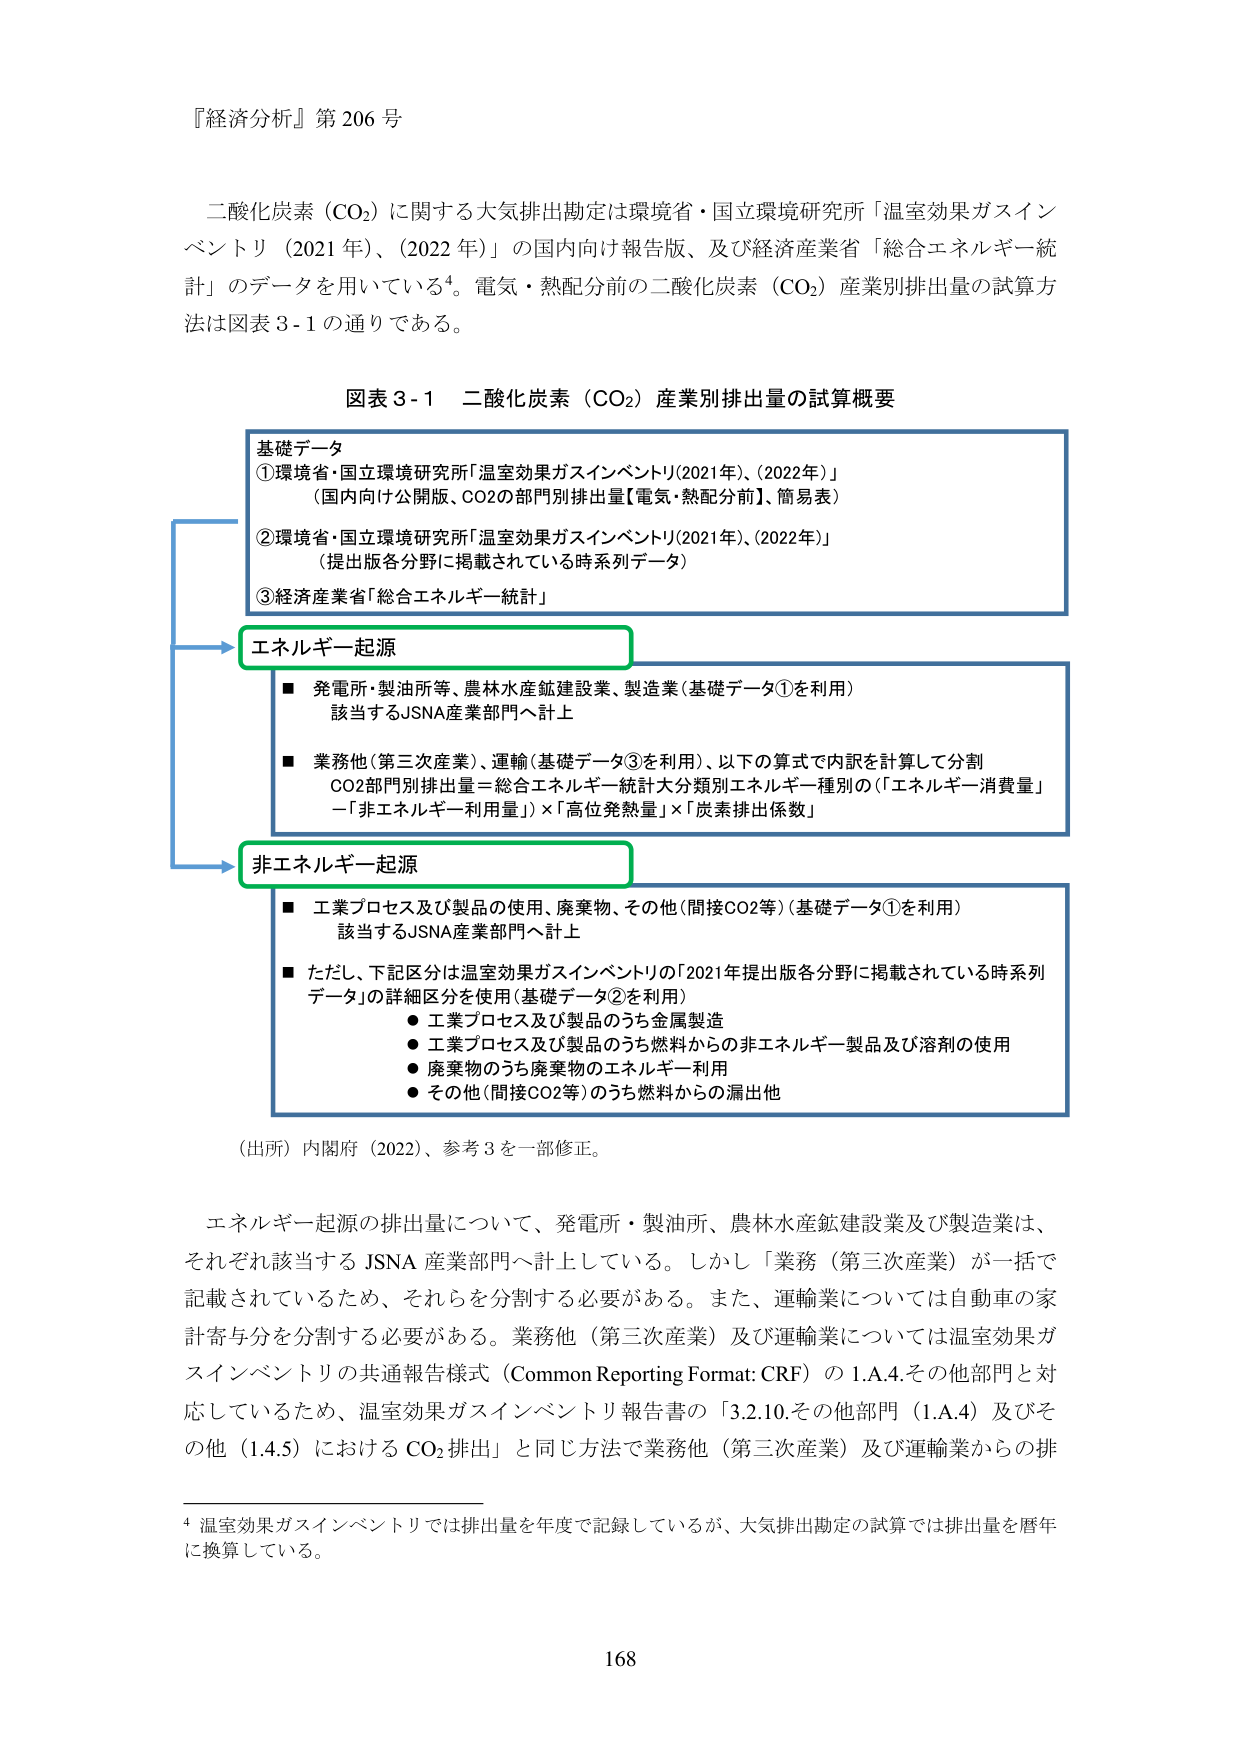
『経済分析』第206号

二酸化炭素（CO₂）に関する大気排出勘定は環境省・国立環境研究所「温室効果ガスインベントリ（2021年）、（2022年）」の国内向け報告版、及び経済産業省「総合エネルギー統計」のデータを用いている⁴。電気・熱配分前の二酸化炭素（CO₂）産業別排出量の試算方法は図表3-1の通りである。

図表3-1 二酸化炭素（CO₂）産業別排出量の試算概要

基礎データ
①環境省・国立環境研究所「温室効果ガスインベントリ(2021年)、(2022年)」
（国内向け公開版、CO2の部門別排出量【電気・熱配分前】、簡易表）
②環境省・国立環境研究所「温室効果ガスインベントリ(2021年)、(2022年)」
（提出版各分野に掲載されている時系列データ）
③経済産業省「総合エネルギー統計」

エネルギー起源
■ 発電所・製油所等、農林水産鉱建設業、製造業（基礎データ①を利用）
　該当するJSNA産業部門へ計上
■ 業務他（第三次産業）、運輸（基礎データ③を利用）、以下の算式で内訳を試算して分割
　CO2部門別排出量＝総合エネルギー統計大分類別エネルギー種別の（「エネルギー消費量」－「非エネルギー利用量」）×「高位発熱量」×「炭素排出係数」

非エネルギー起源
■ 工業プロセス及び製品の使用、廃棄物、その他（間接CO2等）（基礎データ①を利用）
　該当するJSNA産業部門へ計上
■ ただし、下記区分は温室効果ガスインベントリの「2021年提出版各分野に掲載されている時系列データ」の詳細区分を使用（基礎データ②を利用）
　● 工業プロセス及び製品のうち金属製造
　● 工業プロセス及び製品のうち燃料からの非エネルギー製品及び溶剤の使用
　● 廃棄物のうち廃棄物のエネルギー利用
　● その他（間接CO2等）のうち燃料からの漏出他

（出所）内閣府（2022）、参考3を一部修正。

エネルギー起源の排出量について、発電所・製油所、農林水産鉱建設業及び製造業は、それぞれ該当するJSNA産業部門へ計上している。しかし「業務（第三次産業）」が一括で記載されているため、それらを分割する必要がある。また、運輸業については自動車の家計寄与分を分割する必要がある。業務他（第三次産業）及び運輸業については温室効果ガスインベントリの共通報告様式（Common Reporting Format: CRF）の1.A.4.その他部門と対応しているため、温室効果ガスインベントリ報告書の「3.2.10.その他部門（1.A.4）及びその他（1.4.5）におけるCO₂排出」と同じ方法で業務他（第三次産業）及び運輸業からの排

⁴ 温室効果ガスインベントリでは排出量を年度で記録しているが、大気排出勘定の試算では排出量を暦年に換算している。

168